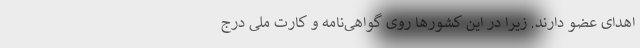
اهدای عضو دارند. زیرا در این کشورها روی گواهی‌نامه و کارت ملی درج